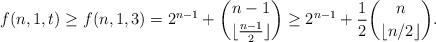
LaTeX: \begin{align*}f(n,1,t)\geq f(n,1,3)=2^{n-1}+{n-1 \choose \lfloor \frac{n-1}{2} \rfloor} \geq 2^{n-1}+\frac{1}{2}{n \choose \lfloor n/2\rfloor}.\end{align*}